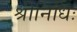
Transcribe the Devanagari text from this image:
श्रीनिधिः